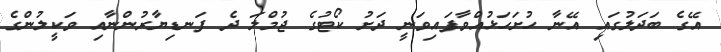
އޭގެ ބަދަލުގައި އޭނާ ހުށަހަޅުއްވާފައިވަނީ ދަށު ކޯޓުގެ ޖުމްލަ ދެ ފަނޑިޔާރުންނާއި ވަކީލުންގެ